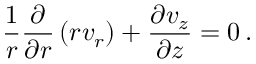
\frac { 1 } { r } \frac { \partial } { \partial r } \left( r v _ { r } \right) + \frac { \partial v _ { z } } { \partial z } = 0 \, .